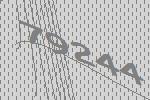
79244